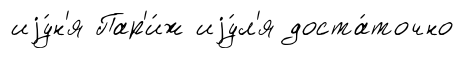
иjу́н'я Пар'и́ж иjу́л'я доста́точно